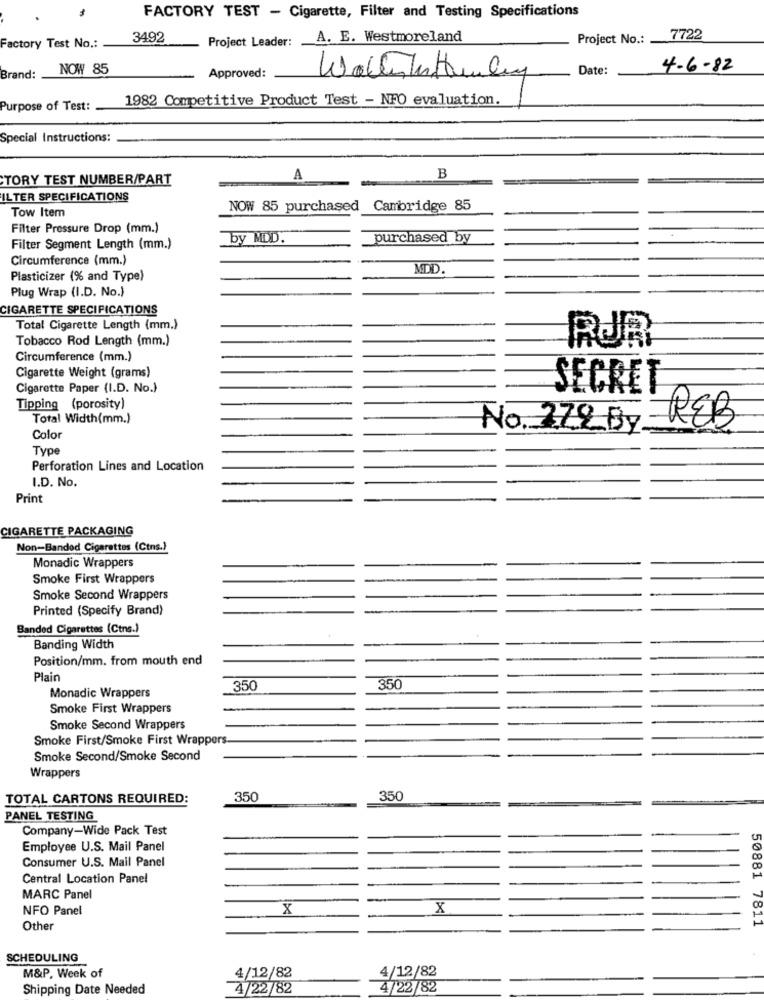
FACTORY TEST - Cigarette, Filter and Testing Specifications
3492
Project Leader:
A. E. Westmoreland
Project No .: 7722
Factory Test No .:
NOW 85
Date:
4-6-82
Brand:
Approved:
Wollen knowleg
1982 Competitive Product Test - NFO evaluation.
Purpose of Test:
Special Instructions:
TORY TEST NUMBER/PART
A
B
ILTER SPECIFICATIONS
Tow Item
NOW 85 purchased
Cambridge 85
Filter Pressure Drop (mm.)
by MDD.
purchased by
Filter Segment Length (mm.)
Circumference (mm.)
MDD.
Plasticizer (% and Type)
Plug Wrap (I.D. No.)
CIGARETTE SPECIFICATIONS
Total Cigarette Length (mm.)
Tobacco Rod Length (mm.)
RUR
Circumference (mm.)
Cigarette Weight (grams)
Cigarette Paper (I.D. No.)
SECRET
Tipping (porosity)
Total Width(mm.)
No. 272 By
REB
Color
Type
Perforation Lines and Location
I.D. No.
Print
CIGARETTE PACKAGING
Non-Banded Cigarettes (Ctns.)
Monadic Wrappers
Smoke First Wrappers
Smoke Second Wrappers
Printed (Specify Brand)
Banded Cigarettes (Ctns.)
Banding Width
Position/mm. from mouth end
Plain
350
350
Monadic Wrappers
Smoke First Wrappers
Smoke Second Wrappers
Smoke First/Smoke First Wrappers
Smoke Second/Smoke Second
Wrappers
TOTAL CARTONS REQUIRED:
350
350
PANEL TESTING
Company-Wide Pack Test
Employee U.S. Mail Panel
Consumer U.S. Mail Panel
Central Location Panel
MARC Panel
NFO Panel
X
X
Other
50881 7811
SCHEDULING
4/12/82
M&P. Week of
4/12/82
Shipping Date Needed
4/22/82
4/22/82